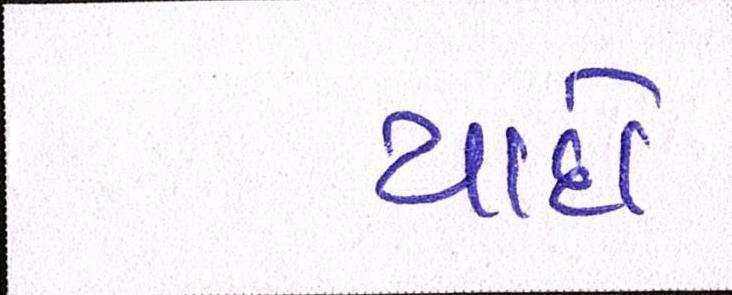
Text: યાદો